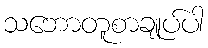
သဘောတူစာချုပ်ပါ